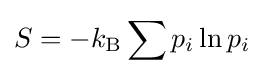
S=-k_{\text{B}}\sum p_{i}\ln p_{i}